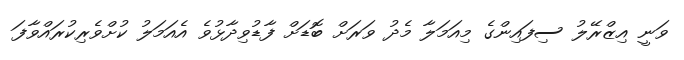
ވަނީ އިޒްރޭލު ސިފައިންގެ މިއަމަލާ މެދު ވަރަށް ބޮޑަށް ފާޑުވިދާޅުވެ އެއަމަލު ކުށްވެރިކުރައްވާފަ